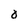
Character: O